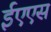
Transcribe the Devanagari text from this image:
ईएएस